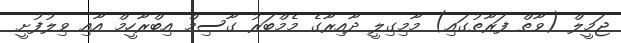
ޖަމީލް (ވާތް ފަރާތުގައި) މާމިގިލީ ދާއިރާގެ މެމްބަރު ގާސިމް އިބްރާހީމް އާއި ވިލުފުށީ